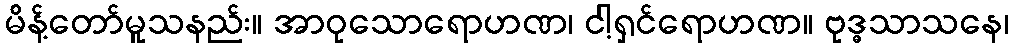
မိန့်တော်မူသနည်း။ အာဝုသောရောဟဏ၊ ငါ့ရှင်ရောဟဏ။ ဗုဒ္ဓသာသနေ၊